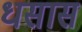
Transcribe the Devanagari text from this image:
धसास